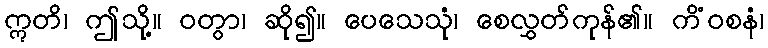
ဣတိ၊ ဤသို့။ ဝတွာ၊ ဆို၍။ ပေသေသုံ၊ စေလွှတ်ကုန်၏။ ကိံဝစနံ၊